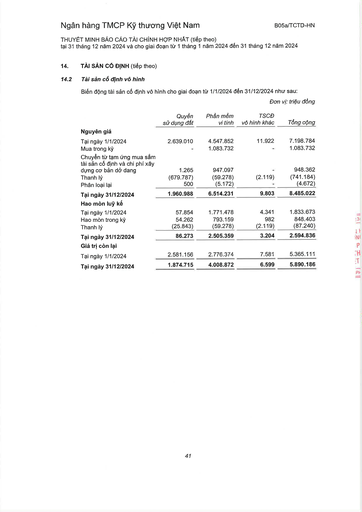
||Quyền sử dụng đất|Phần mềm vi tính|TSCĐ vô hình khác|Tổng cộng| |---|---|---|---|---| |Nguyên giá||||| |Tại ngày 1/1/2024|2.639.010|4.547.852|11.922|7.198.784| |Mua trong kỳ|-|1.083.732|-|1.083.732| |Chuyển từ tạm ứng mua sắm tài sản cố định và chi phí xây dựng cơ bản dở dang|1.265|947.097|-|948.362| |Thanh lý|(679.787)|(59.278)|(2.119)|(741.184)| |Phân loại lại|500|(5.172)|-|(4.672)| |Tại ngày 31/12/2024|1.960.988|6.514.231|9.803|8.485.022| |Hao mòn lũy kế||||| |Tại ngày 1/1/2024|57.854|1.771.478|4.341|1.833.673| |Hao mòn trong kỳ|54.262|793.159|982|848.403| |Thanh lý|(25.843)|(59.278)|(2.119)|(87.240)| |Tại ngày 31/12/2024|86.273|2.505.359|3.204|2.594.836| |Giá trị còn lại||||| |Tại ngày 1/1/2024|2.581.156|2.776.374|7.581|5.365.111| |Tại ngày 31/12/2024|1.874.715|4.008.872|6.599|5.890.186|